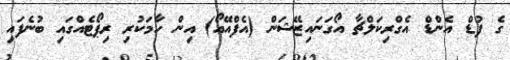
ގެ ފުޑް އެންޑް އެގްރިކަލްޗާ އޯގަނައިޒޭޝަން (އެފްއޭއޯ) އިން ހާމަކުރި ރިޕޯޓެއްގައި ބުނެފައި